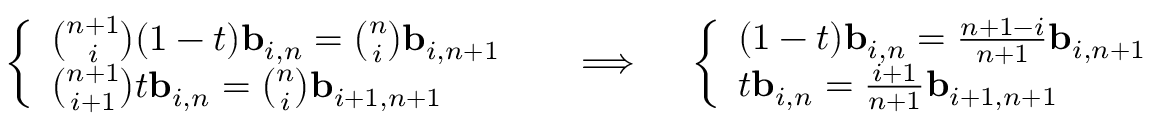
{ \left\{ \begin{array} { l l } { { \binom { n + 1 } { i } } ( 1 - t ) \mathbf { b } _ { i , n } = { \binom { n } { i } } \mathbf { b } _ { i , n + 1 } } \\ { { \binom { n + 1 } { i + 1 } } t \mathbf { b } _ { i , n } = { \binom { n } { i } } \mathbf { b } _ { i + 1 , n + 1 } } \end{array} \right. } \quad \implies \quad { \left\{ \begin{array} { l l } { ( 1 - t ) \mathbf { b } _ { i , n } = { \frac { n + 1 - i } { n + 1 } } \mathbf { b } _ { i , n + 1 } } \\ { t \mathbf { b } _ { i , n } = { \frac { i + 1 } { n + 1 } } \mathbf { b } _ { i + 1 , n + 1 } } \end{array} \right. }